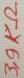
Text: 3,9KΩ